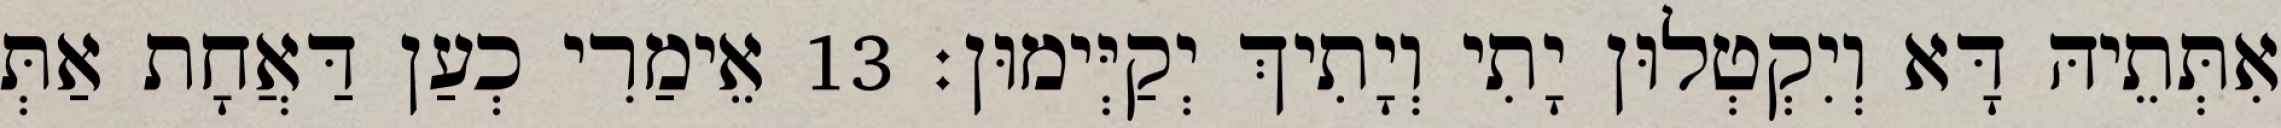
אִתְּתֵיהּ דָּא וְיִקְטְלוּן יָתִי וְיָתִיךְ יְקַיְּימוּן׃ 13 אֵימַרִי כְעַן דַּאֲחָת אַתְּ